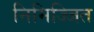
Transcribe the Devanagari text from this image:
निमिज्जित